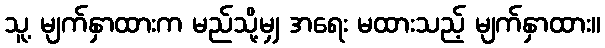
သူ့ မျက်နှာထားက မည်သို့မျှ အရေး မထားသည့် မျက်နှာထား။